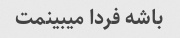
باشه فردا میبینمت